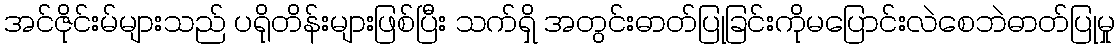
အင်ဇိုင်းမ်များသည် ပရိုတိန်းများဖြစ်ပြီး သက်ရှိ အတွင်းဓာတ်ပြုခြင်းကိုမပြောင်းလဲစေဘဲဓာတ်ပြုမှု